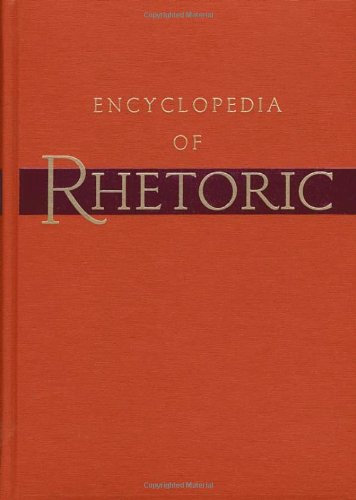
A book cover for Encyclopedia of Rhetoric (v. 1); Reference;